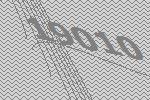
19010